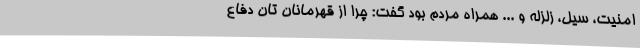
امنیت، سیل، زلزله و ... همراه مردم بود گفت: چرا از قهرمانان تان دفاع